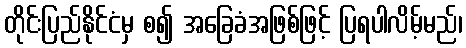
တိုင်းပြည်နိုင်ငံမှ စ၍ အခြေခံအဖြစ်ဖြင့် ပြရပါလိမ့်မည်၊